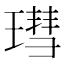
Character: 㻰